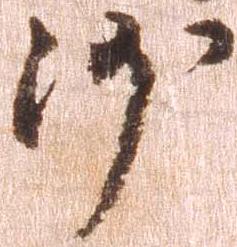
沙